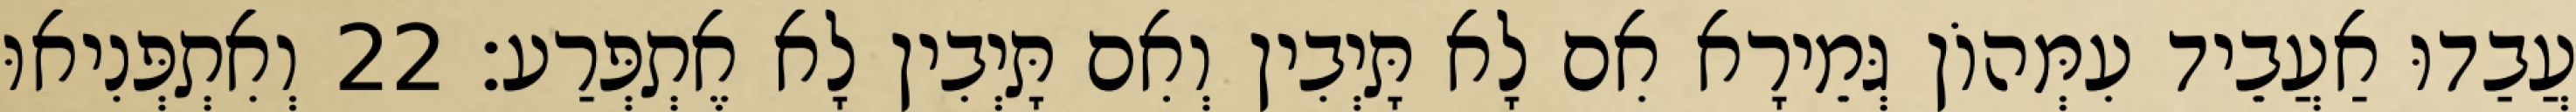
עֲבַדוּ אַעֲבֵיד עִמְּהוֹן גְּמֵירָא אִם לָא תָּיְבִין וְאִם תָּיְבִין לָא אֶתְפְּרַע׃ 22 וְאִתְפְּנִיאוּ